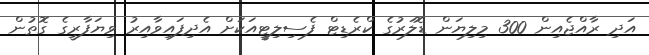
އަދި ރާއްޖެއިން 300 މިލިޔަން ޑޮލަރުގެ ކްރެޑިޓް ފެސިލިޓީއަކަށް އެދިފައިވާއިރު ވިޔަފާރީގެ ގޮތުން